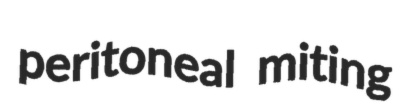
peritoneal miting